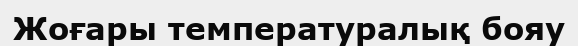
Жоғары температуралық бояу